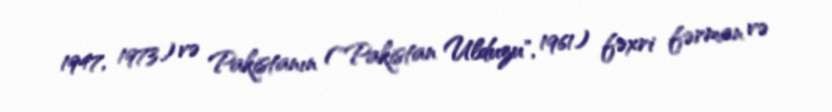
1947, 1973) və Pakistanın ("Pakistan Ulduzu", 1961) fəxri fərman və